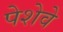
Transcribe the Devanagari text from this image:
पेशेवे